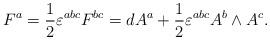
LaTeX: \begin{align*}F^a=\frac 12\varepsilon ^{abc}F^{bc}=dA^a+\frac 12\varepsilon^{abc}A^b\wedge A^c.\end{align*}